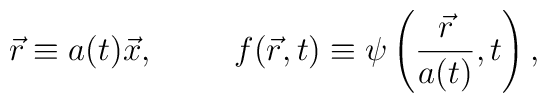
\vec r \equiv a(t) \vec x, \hspace{1cm}  f (\vec r, t) \equiv \psi \left( \frac{\vec r}{a(t)}, t \right),